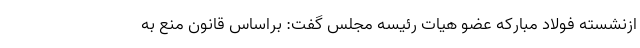
ازنشسته فولاد مبارکه عضو هیات رئیسه مجلس گفت: براساس قانون منع به